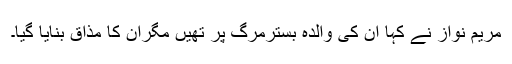
مریم نواز نے کہا ان کی والدہ بسترمرگ پر تھیں مگران کا مذاق بنایا گیا۔